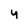
Character: 4